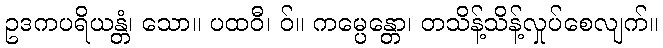
ဥဒကပရိယန္တံ၊ သော။ ပထဝီ၊ ဝ်။ ကမ္ပေန္တော၊ တသိန့်သိန့်လှုပ်စေလျက်။